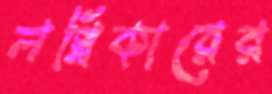
লগ্নিকারের